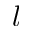
l